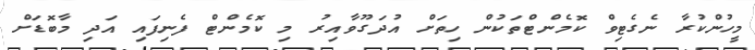
މީހުންކުރާ ނެގެޓިވް ކޮމެންޓްތަކުން ހިތަށް އުދަގޫވާއިރު މި ކޮމެންޓް ފެނިފައި އަދި މާބޮޑަށް